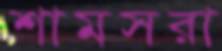
শামসরা